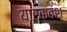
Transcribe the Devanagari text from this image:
यार्कवंश